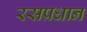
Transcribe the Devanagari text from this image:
रसप्रधान